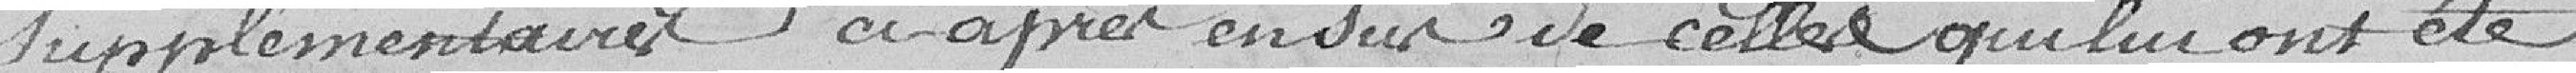
supplémentaires ci-après en sus de celles qui lui ont été